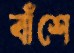
বাঁশে